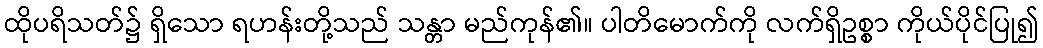
ထိုပရိသတ်၌ ရှိသော ရဟန်းတို့သည် သန္တာ မည်ကုန်၏။ ပါတိမောက်ကို လက်ရှိဥစ္စာ ကိုယ်ပိုင်ပြု၍